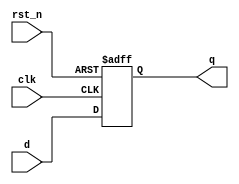

module flopr#(parameter width =8)(
input clk, rst_n, 
input [width-1:0] d, 
output reg [width-1:0] q 
);

always @(posedge clk or negedge rst_n)
if (!rst_n) q <= 0;
else q <= d;

endmodule